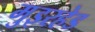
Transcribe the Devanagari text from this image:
मुइरहेड